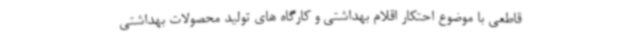
قاطعی با موضوع احتکار اقلام بهداشتی و کارگاه های تولید محصولات بهداشتی